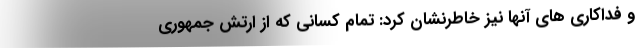
و فداکاری های آنها نیز خاطرنشان کرد: تمام کسانی که از ارتش جمهوری